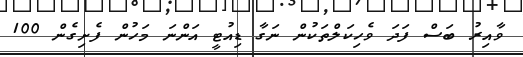
ވާއިރު ބަސް ފަދަ ވެހިކަލްތަކުން ނަގާ ޑިއުޓީ އަންނަ މަހުން ފެށިގެން 100